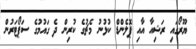
ޔޫރޯގައި ރަޝިއާ އާއި ޕޮލެންޑް ކުޅުނު މެޗުގެ ކުރިން ދެ ގައުމުގެ ސަޕޯޓަރުން